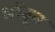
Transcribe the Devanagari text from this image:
भोंवून